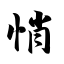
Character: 悄